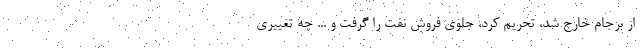
از برجام خارج شد، تحریم کرد، جلوی فروش نفت را گرفت و ... چه تغییری